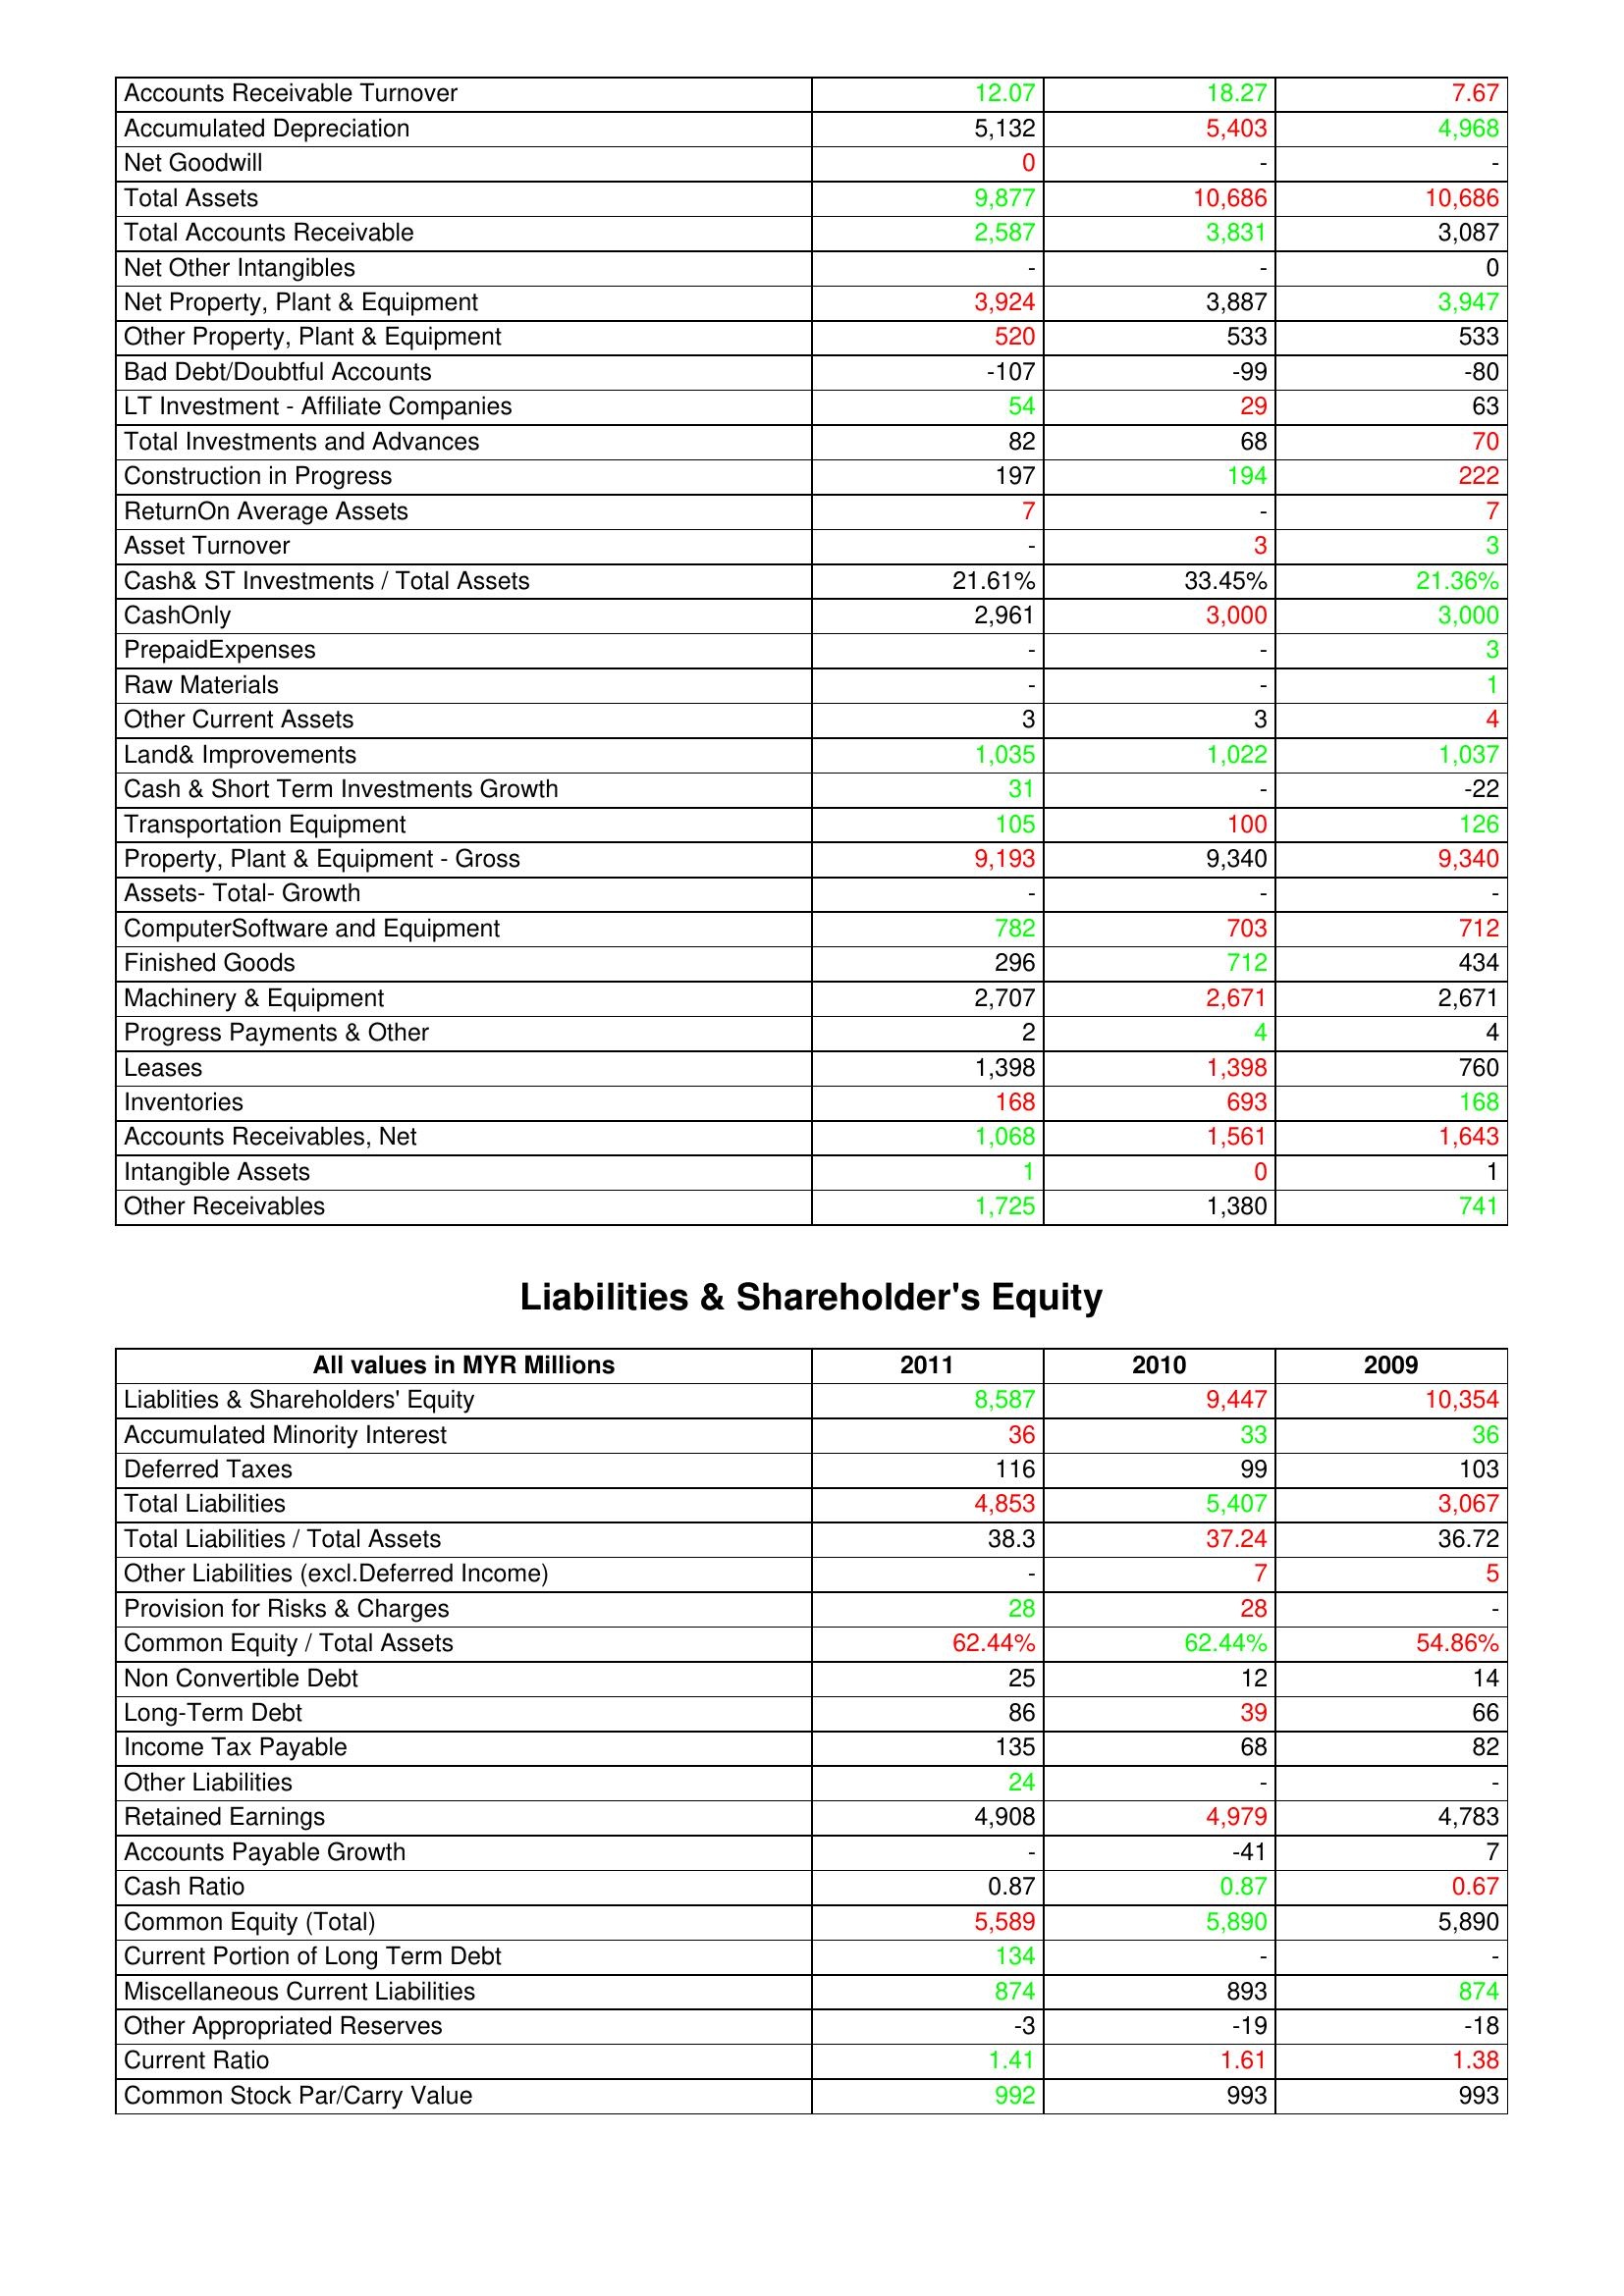
gt_parse: 2011: Assets: Accounts Receivable Turnover: 12.07
Accumulated Depreciation: 5,132
Net Goodwill: 0
Total Assets: 9,877
Total Accounts Receivable: 2,587
Net Other Intangibles: -
Net Property, Plant & Equipment: 3,924
Other Property, Plant & Equipment: 520
Bad Debt/Doubtful Accounts: -107
LT Investment - Affiliate Companies: 54
Total Investments and Advances: 82
Construction in Progress: 197
ReturnOn Average Assets: 7
Asset Turnover: -
Cash& ST Investments / Total Assets: 21.61%
CashOnly: 2,961
PrepaidExpenses: -
Raw Materials: -
Other Current Assets: 3
Land& Improvements: 1,035
Cash & Short Term Investments Growth: 31
Transportation Equipment: 105
Property, Plant & Equipment - Gross : 9,193
Assets- Total- Growth: -
ComputerSoftware and Equipment: 782
Finished Goods: 296
Machinery & Equipment: 2,707
Progress Payments & Other: 2
Leases: 1,398
Inventories: 168
Accounts Receivables, Net: 1,068
Intangible Assets: 1
Other Receivables: 1,725
Liabilities & Shareholder's Equity: Liablities & Shareholders' Equity: 8,587
Accumulated Minority Interest: 36
Deferred Taxes: 116
Total Liabilities: 4,853
Total Liabilities / Total Assets: 38.3
Other Liabilities (excl.Deferred Income): -
Provision for Risks & Charges: 28
Common Equity / Total Assets: 62.44%
Non Convertible Debt: 25
Long-Term Debt: 86
Income Tax Payable: 135
Other Liabilities: 24
Retained Earnings: 4,908
Accounts Payable Growth: -
Cash Ratio: 0.87
Common Equity (Total): 5,589
Current Portion of Long Term Debt: 134
Miscellaneous Current Liabilities: 874
Other Appropriated Reserves: -3
Current Ratio: 1.41
Common Stock Par/Carry Value: 992
2010: Assets: Accounts Receivable Turnover: 18.27
Accumulated Depreciation: 5,403
Net Goodwill: -
Total Assets: 10,686
Total Accounts Receivable: 3,831
Net Other Intangibles: -
Net Property, Plant & Equipment: 3,887
Other Property, Plant & Equipment: 533
Bad Debt/Doubtful Accounts: -99
LT Investment - Affiliate Companies: 29
Total Investments and Advances: 68
Construction in Progress: 194
ReturnOn Average Assets: -
Asset Turnover: 3
Cash& ST Investments / Total Assets: 33.45%
CashOnly: 3,000
PrepaidExpenses: -
Raw Materials: -
Other Current Assets: 3
Land& Improvements: 1,022
Cash & Short Term Investments Growth: -
Transportation Equipment: 100
Property, Plant & Equipment - Gross : 9,340
Assets- Total- Growth: -
ComputerSoftware and Equipment: 703
Finished Goods: 712
Machinery & Equipment: 2,671
Progress Payments & Other: 4
Leases: 1,398
Inventories: 693
Accounts Receivables, Net: 1,561
Intangible Assets: 0
Other Receivables: 1,380
Liabilities & Shareholder's Equity: Liablities & Shareholders' Equity: 9,447
Accumulated Minority Interest: 33
Deferred Taxes: 99
Total Liabilities: 5,407
Total Liabilities / Total Assets: 37.24
Other Liabilities (excl.Deferred Income): 7
Provision for Risks & Charges: 28
Common Equity / Total Assets: 62.44%
Non Convertible Debt: 12
Long-Term Debt: 39
Income Tax Payable: 68
Other Liabilities: -
Retained Earnings: 4,979
Accounts Payable Growth: -41
Cash Ratio: 0.87
Common Equity (Total): 5,890
Current Portion of Long Term Debt: -
Miscellaneous Current Liabilities: 893
Other Appropriated Reserves: -19
Current Ratio: 1.61
Common Stock Par/Carry Value: 993
2009: Assets: Accounts Receivable Turnover: 7.67
Accumulated Depreciation: 4,968
Net Goodwill: -
Total Assets: 10,686
Total Accounts Receivable: 3,087
Net Other Intangibles: 0
Net Property, Plant & Equipment: 3,947
Other Property, Plant & Equipment: 533
Bad Debt/Doubtful Accounts: -80
LT Investment - Affiliate Companies: 63
Total Investments and Advances: 70
Construction in Progress: 222
ReturnOn Average Assets: 7
Asset Turnover: 3
Cash& ST Investments / Total Assets: 21.36%
CashOnly: 3,000
PrepaidExpenses: 3
Raw Materials: 1
Other Current Assets: 4
Land& Improvements: 1,037
Cash & Short Term Investments Growth: -22
Transportation Equipment: 126
Property, Plant & Equipment - Gross : 9,340
Assets- Total- Growth: -
ComputerSoftware and Equipment: 712
Finished Goods: 434
Machinery & Equipment: 2,671
Progress Payments & Other: 4
Leases: 760
Inventories: 168
Accounts Receivables, Net: 1,643
Intangible Assets: 1
Other Receivables: 741
Liabilities & Shareholder's Equity: Liablities & Shareholders' Equity: 10,354
Accumulated Minority Interest: 36
Deferred Taxes: 103
Total Liabilities: 3,067
Total Liabilities / Total Assets: 36.72
Other Liabilities (excl.Deferred Income): 5
Provision for Risks & Charges: -
Common Equity / Total Assets: 54.86%
Non Convertible Debt: 14
Long-Term Debt: 66
Income Tax Payable: 82
Other Liabilities: -
Retained Earnings: 4,783
Accounts Payable Growth: 7
Cash Ratio: 0.67
Common Equity (Total): 5,890
Current Portion of Long Term Debt: -
Miscellaneous Current Liabilities: 874
Other Appropriated Reserves: -18
Current Ratio: 1.38
Common Stock Par/Carry Value: 993